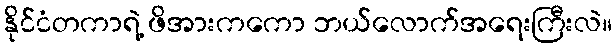
နိုင်ငံတကာရဲ့ ဖိအားကကော ဘယ်လောက်အရေးကြီးလဲ။